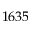
1 6 3 5